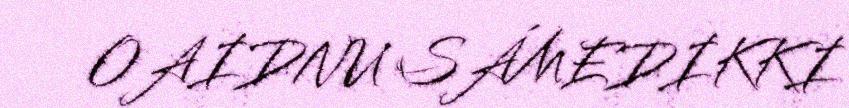
OAIDNU SÁMEDIKKI